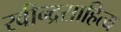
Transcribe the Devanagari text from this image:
रवीन्द्रसाहित्य